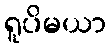
ရူပိမယာ